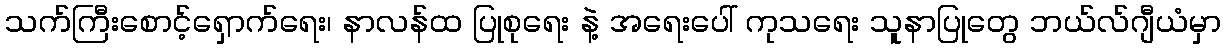
သက်ကြီးစောင့်ရှောက်ရေး၊ နာလန်ထ ပြုစုရေး နဲ့ အရေးပေါ် ကုသရေး သူနာပြုတွေ ဘယ်လ်ဂျီယံမှာ